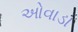
ઓવાડા